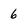
Character: 6